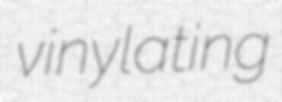
vinylating